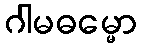
ဂါမဓမ္မော